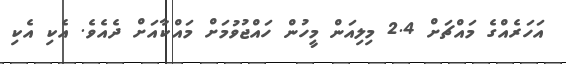
އަހަރެއްގެ މައްޗަށް 2.4 މިލިއަން މީހުން ހައްޖުވުމަށް މައްކާއަށް ދެއެވެ. އެކި އެކި